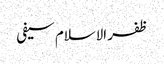
ظفر الاسلام سیفی